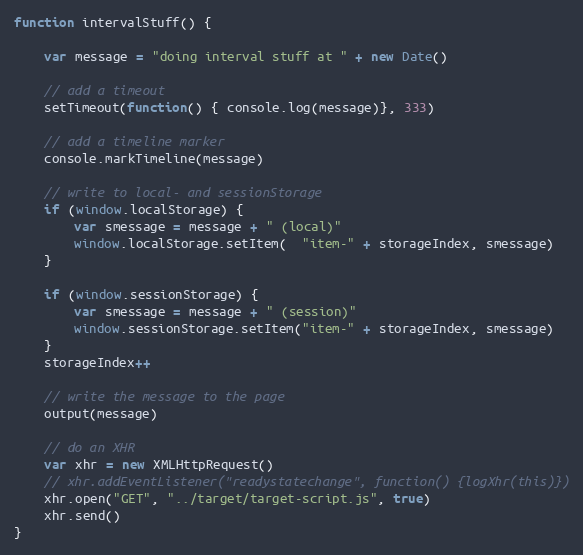
Language: JavaScript
function intervalStuff() {

    var message = "doing interval stuff at " + new Date()

    // add a timeout
    setTimeout(function() { console.log(message)}, 333)

    // add a timeline marker
    console.markTimeline(message)

    // write to local- and sessionStorage
    if (window.localStorage) {
        var smessage = message + " (local)"
        window.localStorage.setItem(  "item-" + storageIndex, smessage)
    }

    if (window.sessionStorage) {
        var smessage = message + " (session)"
        window.sessionStorage.setItem("item-" + storageIndex, smessage)
    }
    storageIndex++

    // write the message to the page
    output(message)

    // do an XHR
    var xhr = new XMLHttpRequest()
    // xhr.addEventListener("readystatechange", function() {logXhr(this)})
    xhr.open("GET", "../target/target-script.js", true)
    xhr.send()
}